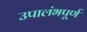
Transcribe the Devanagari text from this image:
उपालंभपूर्ण